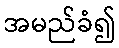
အမည်ခံ၍